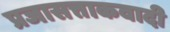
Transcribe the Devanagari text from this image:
प्रजासत्ताकवादी